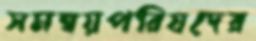
সমন্বয়পরিষদের